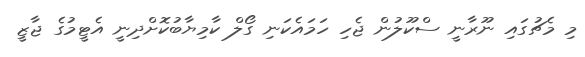
މި މެޗުގައި ނޫރާނީ ސްކޫލުން ޖެހި ހަމައެކަނި ގޯލް ކާމިޔާބުކޮށްދިނީ އެޓީމުގެ ޖާޒީ